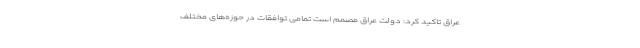
عراق تاکید کرد: دولت عراق مصمم است تمامی توافقات در حوزه‌های مختلف